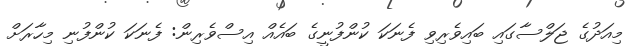
މިއަދުގެ ޖަލްސާގައި ބައިވެރިވި ފެނަކަ ކުންފުނީގެ ބައެއް އިސްވެރިން: ފެނަކަ ކުންފުނި މިހާރަށް